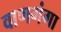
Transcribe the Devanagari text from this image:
वाणगंगा